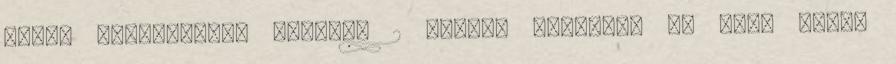
egyéb szervezetek részére 2 Betéti okiratok Az éves kamat